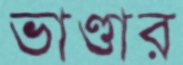
ভাণ্ডার